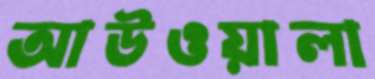
আউওয়ালা